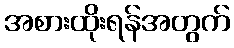
အစားထိုးရန်အတွက်